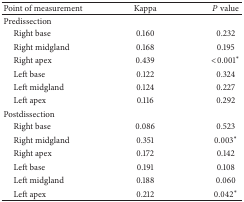
<table><thead><tr><td><b>Point of measurement</b></td><td><b>Kappa</b></td><td><b><i>P</i> value</b></td></tr></thead><tbody><tr><td>Predissection</td><td> </td><td> </td></tr><tr><td> Right base</td><td>0.160</td><td>0.232</td></tr><tr><td> Right midgland</td><td>0.168</td><td>0.195</td></tr><tr><td> Right apex</td><td>0.439</td><td>&lt;0.001*</td></tr><tr><td> Left base</td><td>0.122</td><td>0.324</td></tr><tr><td> Left midgland</td><td>0.124</td><td>0.227</td></tr><tr><td> Left apex</td><td>0.116</td><td>0.292</td></tr><tr><td>Postdissection</td><td> </td><td> </td></tr><tr><td> Right base</td><td>0.086</td><td>0.523</td></tr><tr><td> Right midgland</td><td>0.351</td><td>0.003*</td></tr><tr><td> Right apex</td><td>0.172</td><td>0.142</td></tr><tr><td> Left base</td><td>0.191</td><td>0.108</td></tr><tr><td> Left midgland</td><td>0.188</td><td>0.060</td></tr><tr><td> Left apex</td><td>0.212</td><td>0.042*</td></tr></tbody></table>